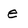
Character: e